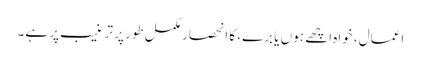
اعمال، خواہ اچھے ہوں یا برے، کا انحصار مکمل طور پر ترغیب پر ہے۔